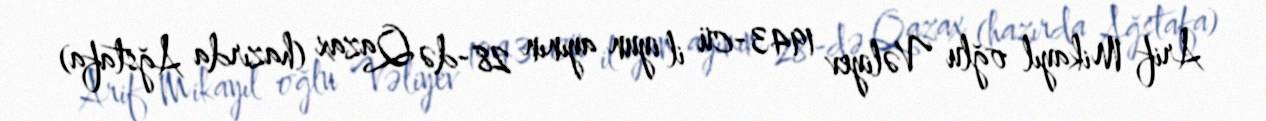
Arif Mikayıl oğlu Vəliyev 1943-cü il iyun ayının 28-də Qazax (hazırda Ağstafa)